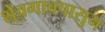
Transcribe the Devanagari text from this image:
शेवगावपासुन